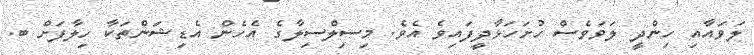
ލަވައާއި ހިންދީ ލަވަވެސް ހުށަހަޅާދީފައިވެ އެވެ. މިސިލްސިލާގެ އެހެން އެޑިޝަންތަކާ ހިލާފަށް ބ.